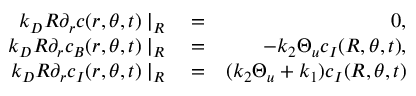
\begin{array} { r l r } { k _ { D } R \partial _ { r } c ( r , \theta , t ) \mid _ { R } } & { { } = } & { 0 , } \\ { k _ { D } R \partial _ { r } c _ { B } ( r , \theta , t ) \mid _ { R } } & { { } = } & { - k _ { 2 } \Theta _ { u } c _ { I } ( R , \theta , t ) , } \\ { k _ { D } R \partial _ { r } c _ { I } ( r , \theta , t ) \mid _ { R } } & { { } = } & { ( k _ { 2 } \Theta _ { u } + k _ { 1 } ) c _ { I } ( R , \theta , t ) } \end{array}